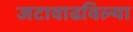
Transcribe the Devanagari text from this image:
जटावाढविल्या